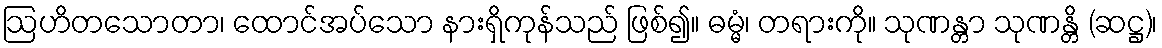
ဩဟိတသောတာ၊ ထောင်အပ်သော နားရှိကုန်သည် ဖြစ်၍။ ဓမ္မံ၊ တရားကို။ သုဏန္တာ သုဏန္တိ (ဆဋ္ဌ)၊